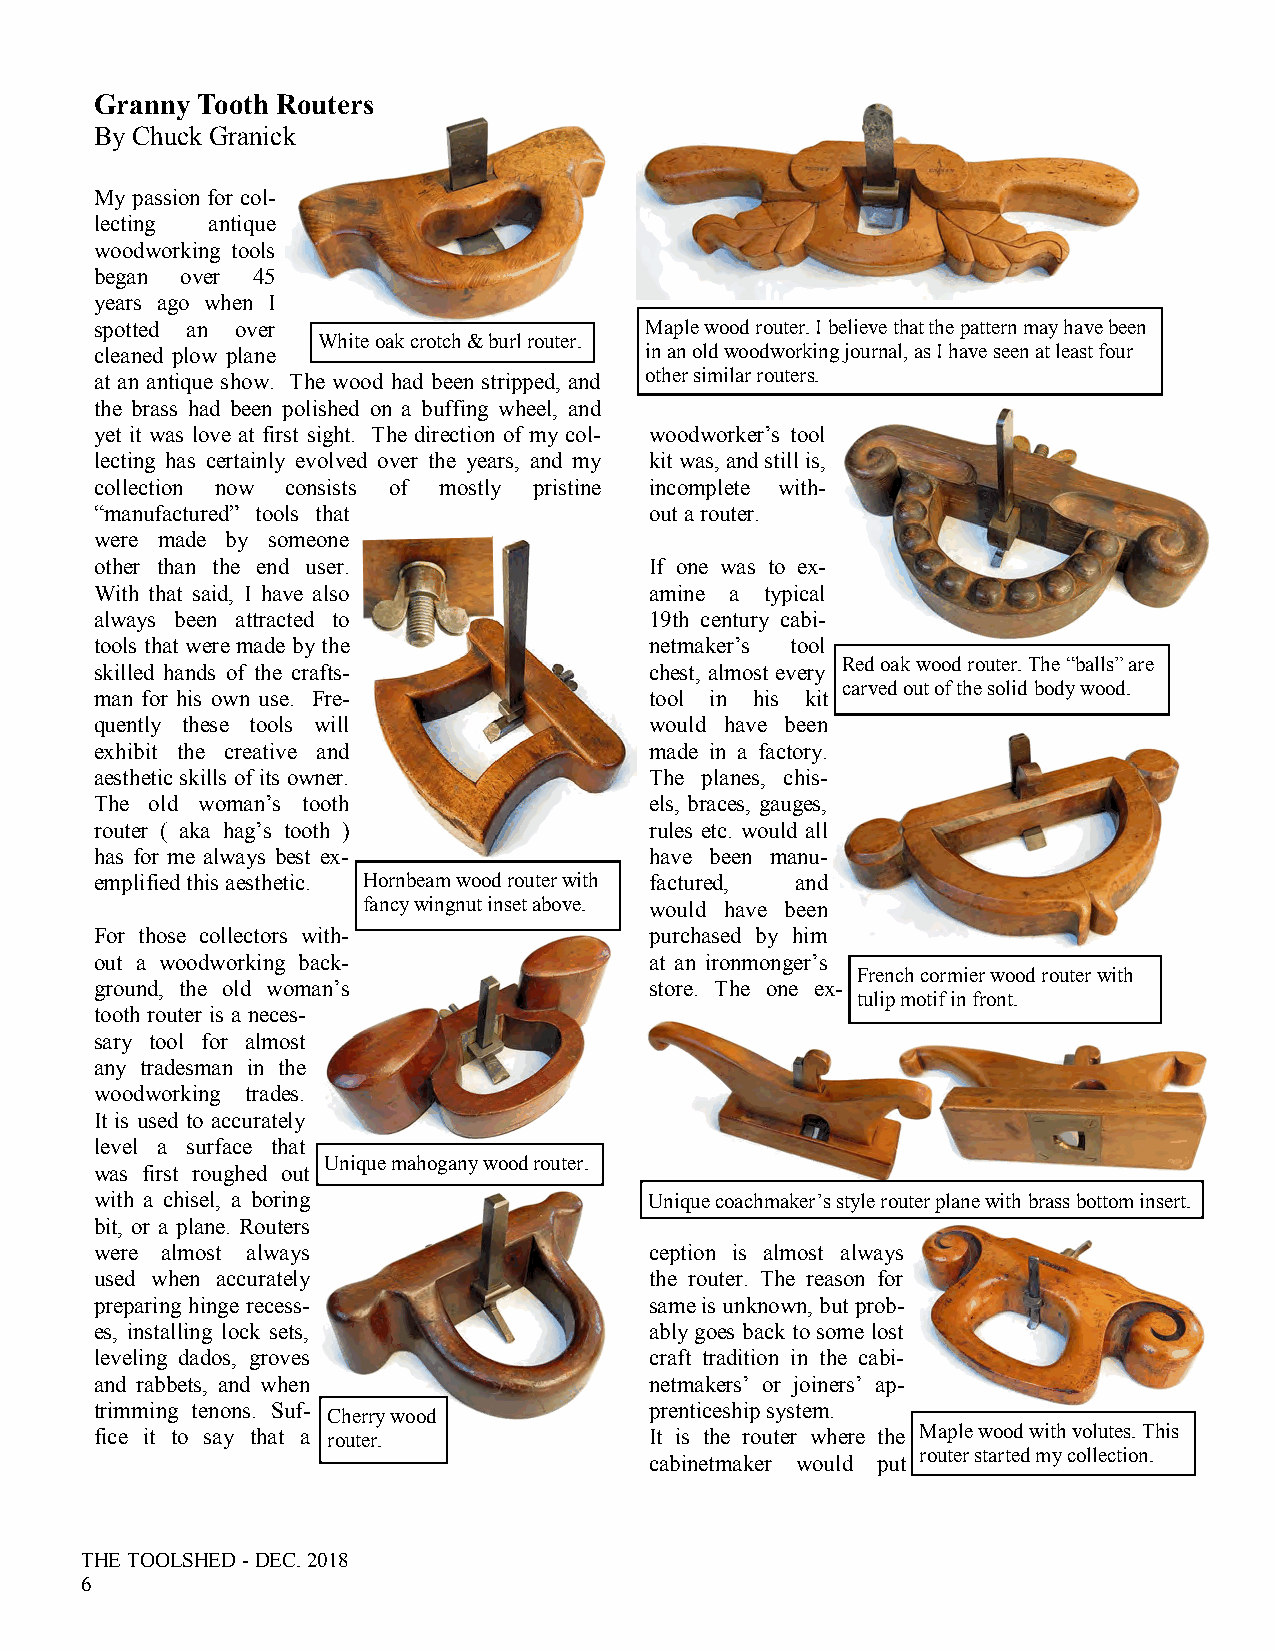
Granny Tooth Routers
 By Chuck Granick
 My passion for col-
 lecting antique
 woodworking tools
 began over 45
 years ago when I
 spotted an over                      Maple wood router. I believe that the pattern may have been
 White oak crotch & burl router.
 cleaned plow plane                   in an old woodworking journal, as I have seen at least four
 at an antique show. The wood had been stripped, and other similar routers.
 the brass had been polished on a buffing wheel, and
 yet it was love at first sight. The direction of my col- woodworker’s tool
 lecting has certainly evolved over the years, and my kit was, and still is,
 collection now consists of mostly pristine incomplete with-
 “manufactured” tools that            out a router.
 were made by someone
 other than the end user.             If one was to ex-
 With that said, I have also          amine a typical
 always been attracted to             19th century cabi-
 tools that were made by the          netmaker’s tool
 Red oak wood router. The “balls” are
 skilled hands of the crafts-         chest, almost every
 carved out of the solid body wood.
 man for his own use. Fre-            tool in his kit
 quently these tools will             would have been
 exhibit the creative and             made in a factory.
 aesthetic skills of its owner.       The planes, chis-
 The old woman’s tooth                els, braces, gauges,
 router ( aka hag’s tooth )           rules etc. would all
 has for me always best ex-           have been manu-
 emplified this aesthetic. Hornbeam wood router with factured, and
 fancy wingnut inset above. would have been
 For those collectors with-           purchased by him
 out a woodworking back-              at an ironmonger’s
 French cormier wood router with
 ground, the old woman’s              store. The one ex-
 tulip motif in front.
 tooth router is a neces-
 sary tool for almost
 any tradesman in the
 woodworking trades.
 It is used to accurately
 level a surface that
 Unique mahogany wood router.
 was first roughed out
 with a chisel, a boring              Unique coachmaker’s style router plane with brass bottom insert.
 bit, or a plane. Routers
 were almost always                   ception is almost always
 used when accurately                 the router. The reason for
 preparing hinge recess-              same is unknown, but prob-
 es, installing lock sets,            ably goes back to some lost
 leveling dados, groves               craft tradition in the cabi-
 and rabbets, and when                netmakers’ or joiners’ ap-
 trimming tenons. Suf-                prenticeship system.
 Cherry wood
 fice it to say that a router.        It is the router where the Maple wood with volutes. This
 router started my collection.
 cabinetmaker would put
 THE TOOLSHED - DEC. 2018
 6